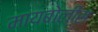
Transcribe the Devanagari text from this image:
मायबोलीस